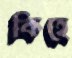
কিহে